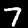
Label: 7